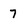
Character: 7